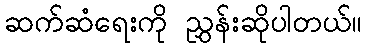
ဆက်ဆံရေးကို ညွှန်းဆိုပါတယ်။